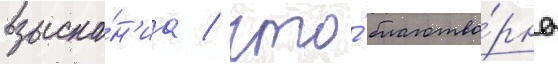
взыска́н'иа / что́ благотво́рно